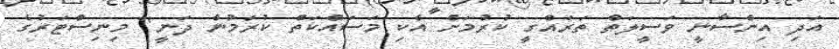
އަދި އިންސާނީ ވަސީލަތް ތަރައްގީ ކުރުމަށް އެކި މަސައްކަތް ކުރަމުން ދަނީ" މިނިސްޓަރުގެ